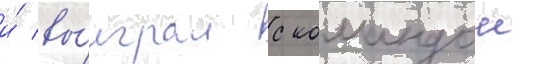
и́ вы́играл с командои